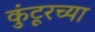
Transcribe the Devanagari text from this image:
कुंटूरच्या